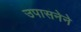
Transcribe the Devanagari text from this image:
उपासनेने